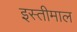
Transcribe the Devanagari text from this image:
इस्तीमाल